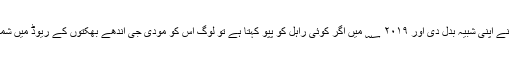
وقت کے ساتھ راہل نے اپنی شبیہ بدل دی اور ۲۰۱۹ ؁ میں اگر کوئی راہل کو پپو کہتا ہے تو لوگ اس کو مودی جی اندھے بھکتوں کے ریوڈ میں شمار کرنے لگتے ہیں۔